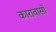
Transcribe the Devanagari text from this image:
कारावासों